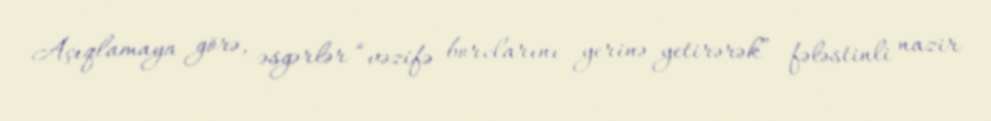
Açıqlamaya görə, əsgərlər “vəzifə borclarını yerinə yetirərək” fələstinli nazir